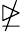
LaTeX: \ntrianglerighteq